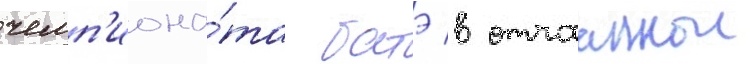
чемп'иона́та батэ в отчааннои